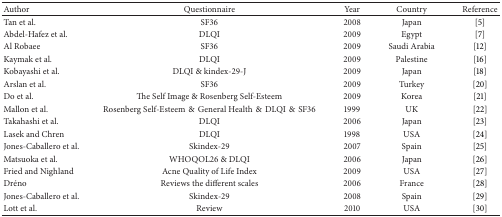
| Author | Questionnaire | Year | Country | Reference |
 | --- | --- | --- | --- | --- |
 | Tan et al. | SF36 | 2008 | Japan | [5] |
 | Abdel-Hafez et al. | DLQI | 2009 | Egypt | [7] |
 | Al Robaee | SF36 | 2009 | Saudi Arabia | [12] |
 | Kaymak et al. | DLQI | 2009 | Palestine | [16] |
 | Kobayashi et al. | DLQI & kindex-29-J | 2009 | Japan | [18] |
 | Arslan et al. | SF36 | 2009 | Turkey | [20] |
 | Do et al. | The Self Image & Rosenberg Self-Esteem | 2009 | Korea | [21] |
 | Mallon et al. | Rosenberg Self-Esteem&General Health&DLQI&SF36 | 1999 | UK | [22] |
 | Takahashi et al. | DLQI | 2006 | Japan | [23] |
 | Lasek and Chren | DLQI | 1998 | USA | [24] |
 | Jones-Caballero et al. | Skindex-29 | 2007 | Spain | [25] |
 | Matsuoka et al. | WHOQOL26 & DLQI | 2006 | Japan | [26] |
 | Fried and Nighland | Acne Quality of Life Index | 2009 | USA | [27] |
 | Dréno | Reviews the different scales | 2006 | France | [28] |
 | Jones-Caballero et al. | Skindex-29 | 2008 | Spain | [29] |
 | Lott et al. | Review | 2010 | USA | [30] |